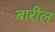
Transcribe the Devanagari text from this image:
बारील